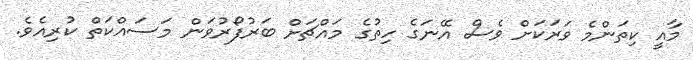
މާއީ ކިތަންމެ ވަރަކަށް ވެސް އޭނަގެ ހިތުގެ މައްޗަށް ބަރުފޯރުވަން މަސައްކަތް ކުރިއެވެ.